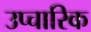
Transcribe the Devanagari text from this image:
उप्चारिक